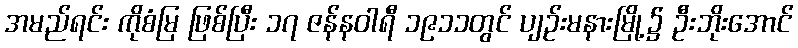
အမည်ရင်း ကိုစံမြ ဖြစ်ပြီး ၁၇ ဇန်နဝါရီ ၁၉၁၁တွင် ပျဉ်းမနားမြို့၌ ဦးဘိုးအောင်